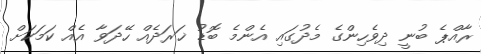
ރާއްޕެ ބުނީ ދިވެހިންގެ މެދުގައި އެންމެ ބޮޑު ޚަރަދެއް ހޭދަވާ އެއް ކަމަކަށް